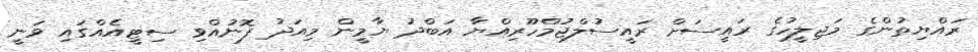
ރައްޔިތުންގެ މަޖިލީހުގެ ރައީސަށް ރައީސުލްޖުމްހޫރިއްޔާ އަބްދު ޔާމީން މިއަދު ފޮނުއްވި ސިޓީއެއްގައި ވަނީ